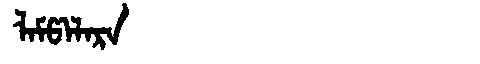
Manchu: ᠯᠠᠮᡦᠠᠯᠠᡵᠠ
Romanization: LAMPALARA